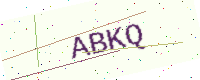
Text: ABKQ